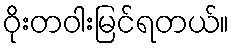
ဝိုးတဝါးမြင်ရတယ်။